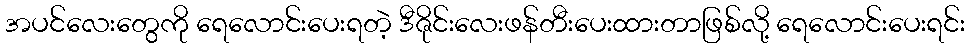
အပင်လေးတွေကို ရေလောင်းပေးရတဲ့ ဒီဇိုင်းလေးဖန်တီးပေးထားတာဖြစ်လို့ ရေလောင်းပေးရင်း